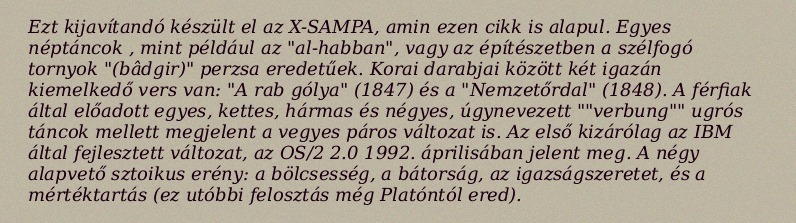
Ezt kijavítandó készült el az X-SAMPA, amin ezen cikk is alapul. Egyes néptáncok , mint például az "al-habban", vagy az építészetben a szélfogó tornyok "(bâdgir)" perzsa eredetűek. Korai darabjai között két igazán kiemelkedő vers van: "A rab gólya" (1847) és a "Nemzetőrdal" (1848). A férfiak által előadott egyes, kettes, hármas és négyes, úgynevezett ""verbung"" ugrós táncok mellett megjelent a vegyes páros változat is. Az első kizárólag az IBM által fejlesztett változat, az OS/2 2.0 1992. áprilisában jelent meg. A négy alapvető sztoikus erény: a bölcsesség, a bátorság, az igazságszeretet, és a mértéktartás (ez utóbbi felosztás még Platóntól ered).